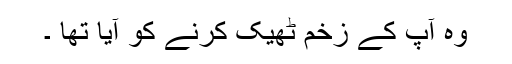
وہ آپ کے زخم ٹھیک کرنے کو آیا تھا ۔